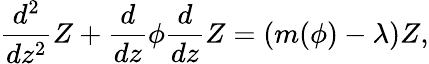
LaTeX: \frac{d^{2}}{dz^{2}}Z+\frac{d}{dz}\phi\frac{d}{dz}Z=\left(m(\phi)-\lambda\right)Z,